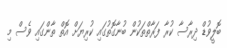
ބޮލީވުޑް ދިރާސާ ކުރާ ފަރާތްތަކުން ބުނާގޮތުގައި ކުރިޔަށް އޮތް ތާންގައި ވެސް މި